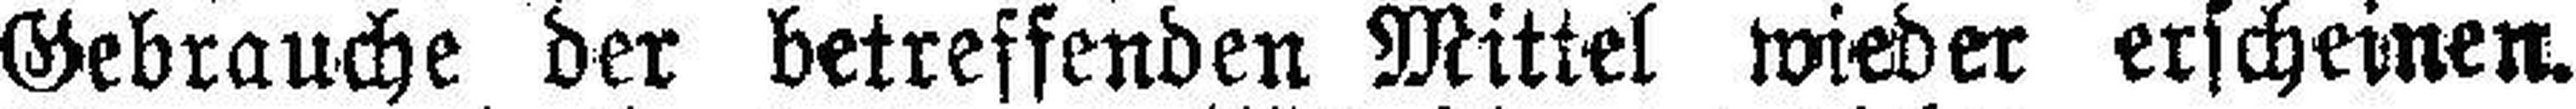
Gebrauche der betreffenden Mittel wieder erscheinen.